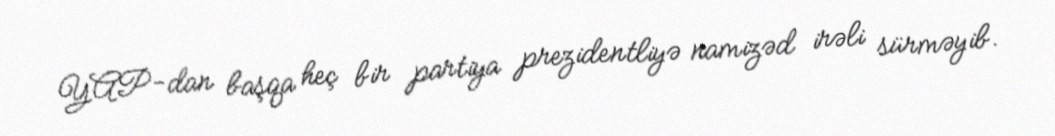
YAP-dan başqa heç bir partiya prezidentliyə namizəd irəli sürməyib.